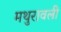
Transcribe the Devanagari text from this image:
मथुरावली